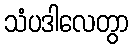
သံပဒါလေတွာ